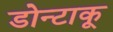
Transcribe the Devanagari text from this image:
डोन्टाकू